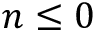
n \leq 0